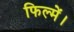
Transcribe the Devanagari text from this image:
फिल्में।